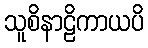
သူစိနာဠိကာယပိ